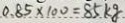
0 . 8 5 \times 1 0 0 = 8 5 k g